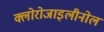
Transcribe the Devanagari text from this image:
क्लोरोजाइलीनोल